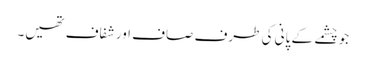
جو چشمے کے پانی کی طرف صاف اور شفاف تھیں۔